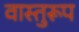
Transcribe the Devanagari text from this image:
वास्तुरूप